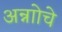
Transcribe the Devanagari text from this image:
अन्नाोचे